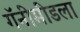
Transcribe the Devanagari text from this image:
गॅनीमीडला